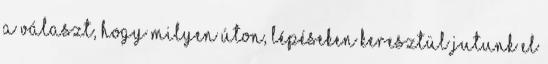
a választ, hogy milyen úton, lépéseken keresztül jutunk el